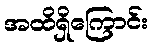
အထိရှိကြောင်း